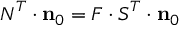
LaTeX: { \boldsymbol { N } } ^ { T } \cdot \mathbf { n } _ { 0 } = { \boldsymbol { F } } \cdot { \boldsymbol { S } } ^ { T } \cdot \mathbf { n } _ { 0 }